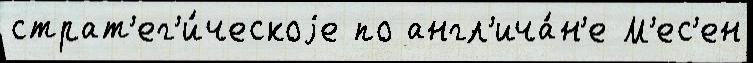
страт'ег'и́ческоjе по англ'ича́н'е М'ес'ен